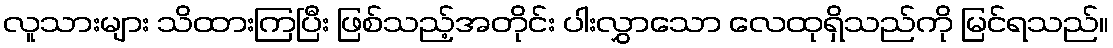
လူသားများ သိထားကြပြီး ဖြစ်သည့်အတိုင်း ပါးလွှာသော လေထုရှိသည်ကို မြင်ရသည်။